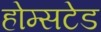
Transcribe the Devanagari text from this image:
होम्सटेड